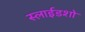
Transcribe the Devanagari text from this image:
स्लाईडशो